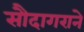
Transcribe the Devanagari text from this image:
सौदागराने